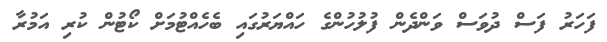
ފަހަރު ފަސް ދުވަސް ވަންދެން ފުލުހުންގެ ހައްޔަރުގައި ބެހެއްޓުމަށް ކޯޓުން ކުރި އަމުރާ